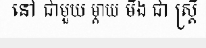
នៅ ជាមួយ ម្តាយ មីង ជា ស្ត្រី